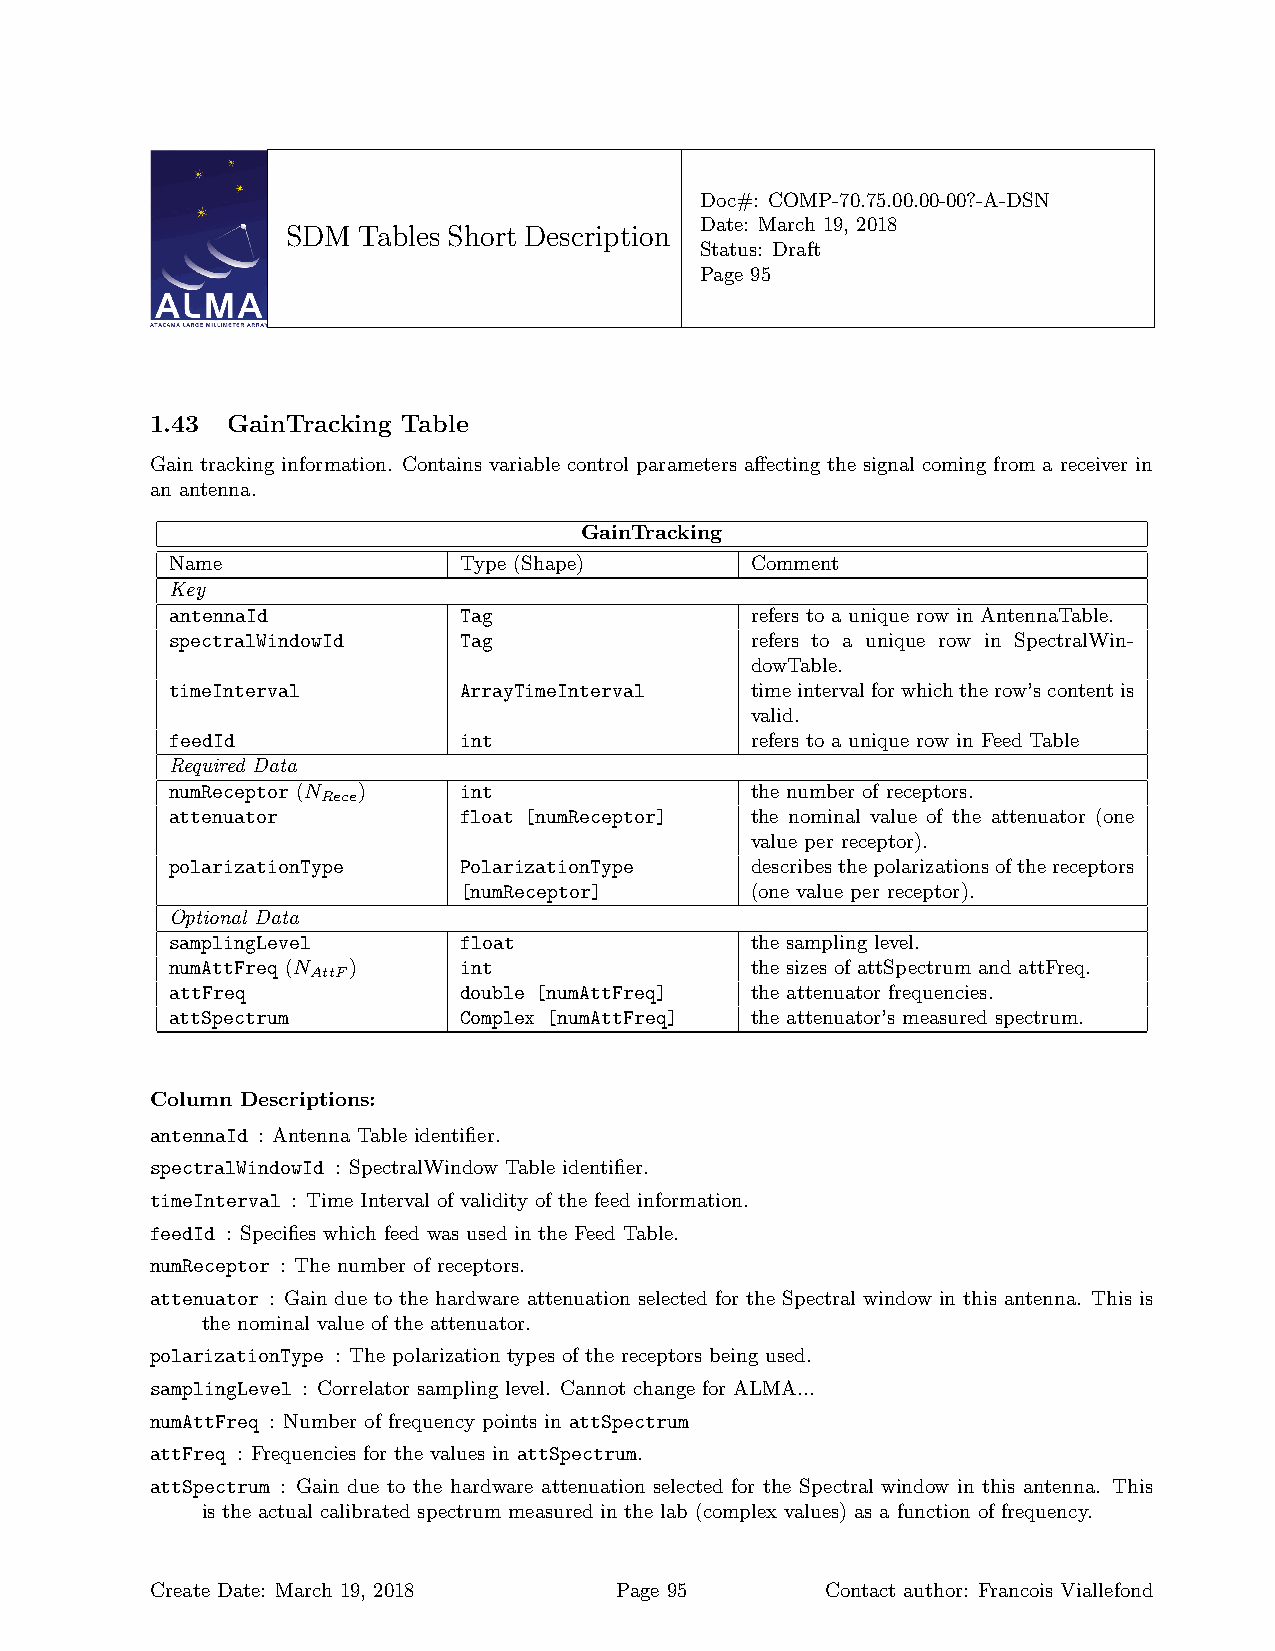
Doc#: COMP-70.75.00.00-00?-A-DSN
 Date: March 19, 2018
 SDM  Tables Short Description
 Status: Draft
 Page 95
 1.43 GainTracking Table
 Gain tracking information. Contains variable control parameters affecting the signal coming from a receiver in
 an antenna.
 GainTracking
 Name               Type (Shape)        Comment
 Key
 antennaId          Tag                 refers to a unique row in AntennaTable.
 spectralWindowId   Tag                 refers to a unique row in SpectralWin-
 dowTable.
 timeInterval       ArrayTimeInterval   timeintervalforwhichtherow’scontentis
 valid.
 feedId             int                 refers to a unique row in Feed Table
 Required Data
 numReceptor (N )   int                 the number of receptors.
 Rece
 attenuator         float [numReceptor] the nominal value of the attenuator (one
 value per receptor).
 polarizationType   PolarizationType    describesthepolarizationsofthereceptors
 [numReceptor]       (one value per receptor).
 Optional Data
 samplingLevel      float               the sampling level.
 numAttFreq (N )    int                 the sizes of attSpectrum and attFreq.
 AttF
 attFreq            double [numAttFreq] the attenuator frequencies.
 attSpectrum        Complex [numAttFreq] the attenuator’s measured spectrum.
 Column Descriptions:
 antennaId : Antenna Table identifier.
 spectralWindowId : SpectralWindow Table identifier.
 timeInterval : Time Interval of validity of the feed information.
 feedId : Specifies which feed was used in the Feed Table.
 numReceptor : The number of receptors.
 attenuator : Gain due to the hardware attenuation selected for the Spectral window in this antenna. This is
 the nominal value of the attenuator.
 polarizationType : The polarization types of the receptors being used.
 samplingLevel : Correlator sampling level. Cannot change for ALMA...
 numAttFreq : Number of frequency points in attSpectrum
 attFreq : Frequencies for the values in attSpectrum.
 attSpectrum : Gain due to the hardware attenuation selected for the Spectral window in this antenna. This
 is the actual calibrated spectrum measured in the lab (complex values) as a function of frequency.
 Create Date: March 19, 2018    Page 95       Contact author: Francois Viallefond